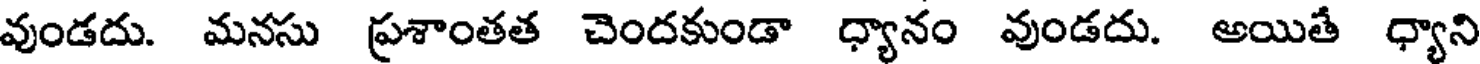
వుండదు. మనసు ప్రశాంతత చెందకుండా ధ్యానం వుండదు. అయితే ధ్యాని